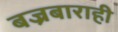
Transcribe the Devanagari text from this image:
बज्रबाराही